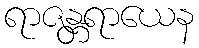
ရာဇန္တရာယေန